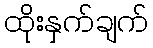
ထိုးနှက်ချက်